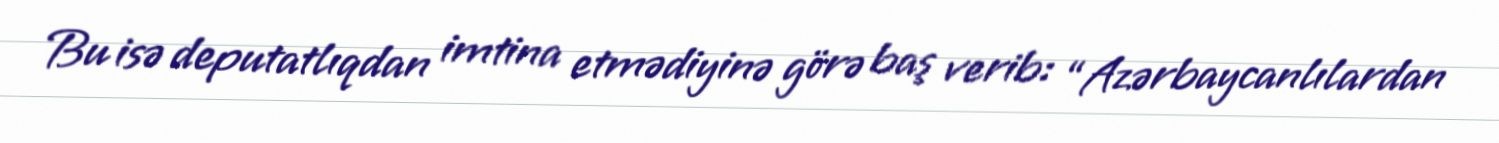
Bu isə deputatlıqdan imtina etmədiyinə görə baş verib: “Azərbaycanlılardan